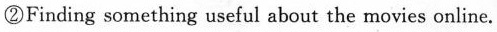
②Finding something useful about the movies online.